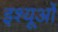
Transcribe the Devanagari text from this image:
इश्यूओं